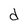
Character: d